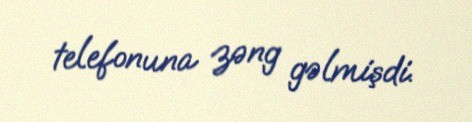
telefonuna zəng gəlmişdi.